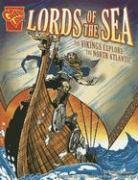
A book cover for Lords of the Sea: The Vikings Explore the North Atlantic (Graphic History); Allison Lassieur; Children's Books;